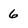
Character: 6